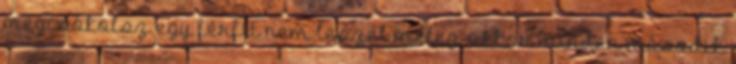
megcsókolsz egy férfit nem leszel meleg, akkor minden második